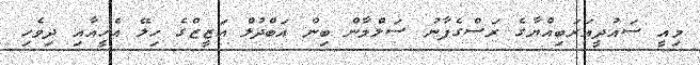
މިއީ ސައުދީއަރަބިއްޔާގެ ރަސްގެފާނު ސަލްމާން ބިން އަބްދުލް އަޒީޒްގެ ހިލޭ އެހީއާއި ދިވެހި